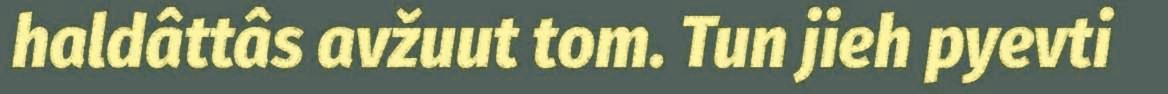
haldâttâs avžuut tom. Tun jieh pyevti